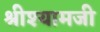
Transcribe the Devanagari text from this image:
श्रीश्यामजी